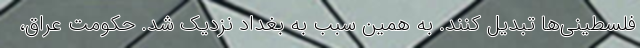
فلسطینی‌ها تبدیل کنند. به همین سبب به بغداد نزدیک شد. حکومت عراق،